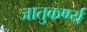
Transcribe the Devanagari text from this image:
जातुकर्ण्य